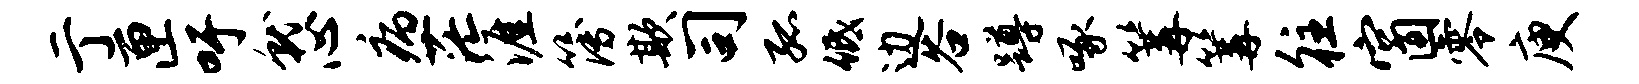
亍匣吁就心病茫涯簿欺司孤低边谷蹲啄篝篝往窗零庾